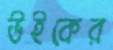
উইকের